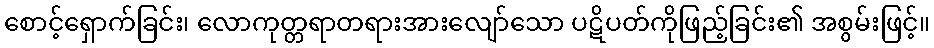
စောင့်ရှောက်ခြင်း၊ လောကုတ္တရာတရားအားလျော်သော ပဋိပတ်ကိုဖြည့်ခြင်း၏ အစွမ်းဖြင့်။